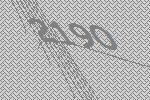
2190